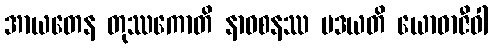
အာယတေန တုဿကောတိ နာဝစနဿ မဒယတိ ယောဓာဇီဝါ